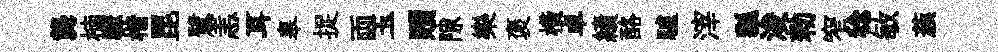
龔楠驟楷毘鷺恚耳皋捉両玉贖隙樂褒横卓績酪驢滓瓢浚勑窄稔敏蔟